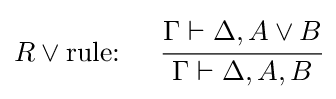
R\lor {\text{rule: }}\quad {\cfrac {\Gamma \vdash \Delta ,A\lor B}{\Gamma \vdash \Delta ,A,B}}